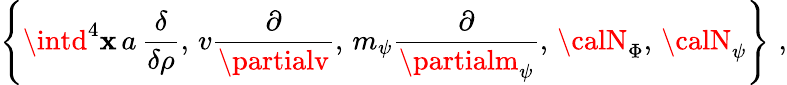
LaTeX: \left\{ \intd^{4}\mathbf{x}\, a\, \frac{\delta}{{\delta\rho}},\, v\frac{\partial}{{\partialv}},\, m_{\psi}\frac{\partial}{{\partialm_{\psi}}},\, {\calN}_{\Phi},\, {\calN}_{\psi}\right\} \, \, ,